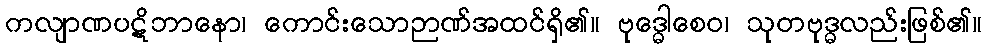
ကလျာဏပဋိဘာနော၊ ကောင်းသောဉာဏ်အထင်ရှိ၏။ ဗုဒ္ဓေါစေဝ၊ သုတဗုဒ္ဓလည်းဖြစ်၏။